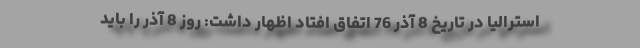
استرالیا در تاریخ 8 آذر 76 اتفاق افتاد اظهار داشت: روز 8 آذر را باید